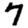
Digit: 7